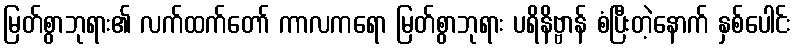
မြတ်စွာဘုရား၏ လက်ထက်တော် ကာလကရော မြတ်စွာဘုရား ပရိနိဗ္ဗာန် စံပြီးတဲ့နောက် နှစ်ပေါင်း